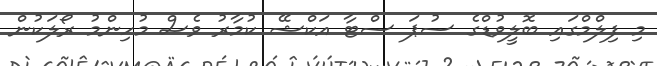
މި ފިލްމްގައި ބޮލީވުޑްގެ ސުޕަ ސްޓާ އަކްޝޭ ކުމާރު ވެސް މުހިންމު ރޯލަކުން